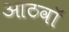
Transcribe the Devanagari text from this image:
आठवाॅ